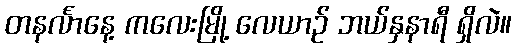
တနင်္လာနေ့ ကလေးမြို့ လေယာဉ် ဘယ်နှနာရီ ရှိလဲ။